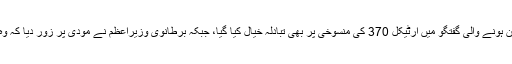
دونوں رہنماؤں کے درمیان ہونے والی گفتگو میں آرٹیکل 370 کی منسوخی پر بھی تبادلہ خیال کیا گیا، جبکہ برطانوی وزیراعظم نے مودی پر زور دیا کہ وہ مذاکرات کی میز پر آئیں۔